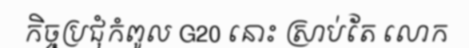
កិច្ចប្រជុំកំពូល G20 នោះ ស្រាប់តែ លោក